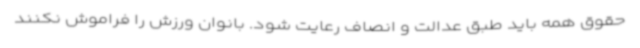
حقوق همه باید طبق عدالت و انصاف رعایت شود. بانوان ورزش را فراموش نکنند